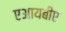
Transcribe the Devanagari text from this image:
एआयबीए